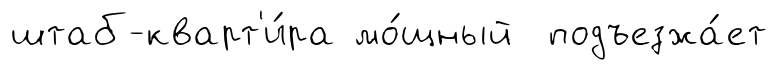
штаб-кварт'и́ра мо́щный подъезжа́ет